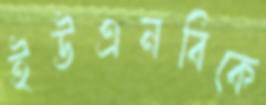
ইউএনবিকে